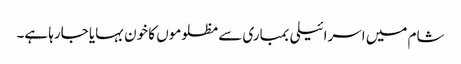
شام میں اسرائیلی بمباری سے مظلوموں کا خون بہایا جارہا ہے۔